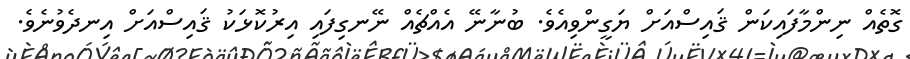
ގޮތެއް ނިންމާފައިކަން ޤައިސްއަށް ޔަގީންވިއެވެ. ބުނާނޭ އެއްޗެއް ނޭނގިފައި އިރުކޮޅަކު ޤައިސްއަށް އިނދެވުނެވެ.